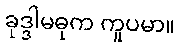
ခုဒ္ဒါမဓုက ကူပမာ။